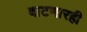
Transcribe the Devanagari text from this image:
वाटणारही